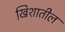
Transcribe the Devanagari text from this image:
खिशातील